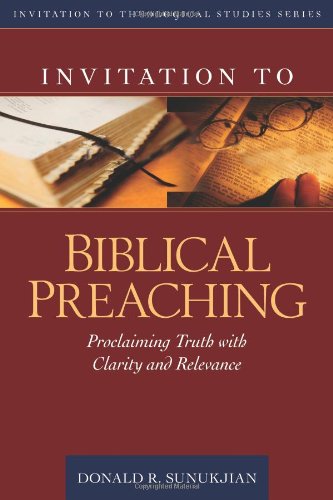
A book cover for Invitation to Biblical Preaching: Proclaiming Truth with Clarity and Relevance (Invitation to Theological Studies Series); Donald Sunukjian; Christian Books & Bibles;